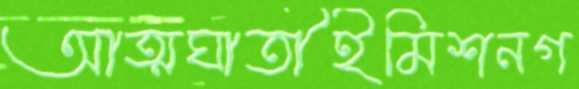
আত্মঘাতীইমিশনগ